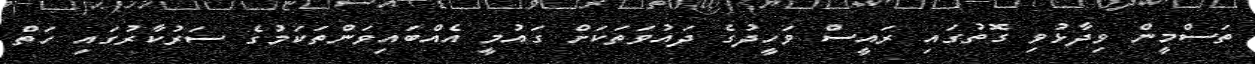
ތަސްމީން ވިދާޅުވި ގޮތުގައި ރައީސް ވަހީދުގެ ދައުވަތަކަށް ގައުމީ އެއްބައިވަންތަކަމުގެ ސަރުކާރުގައި ހަތް